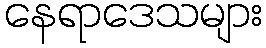
နေရာဒေသများ